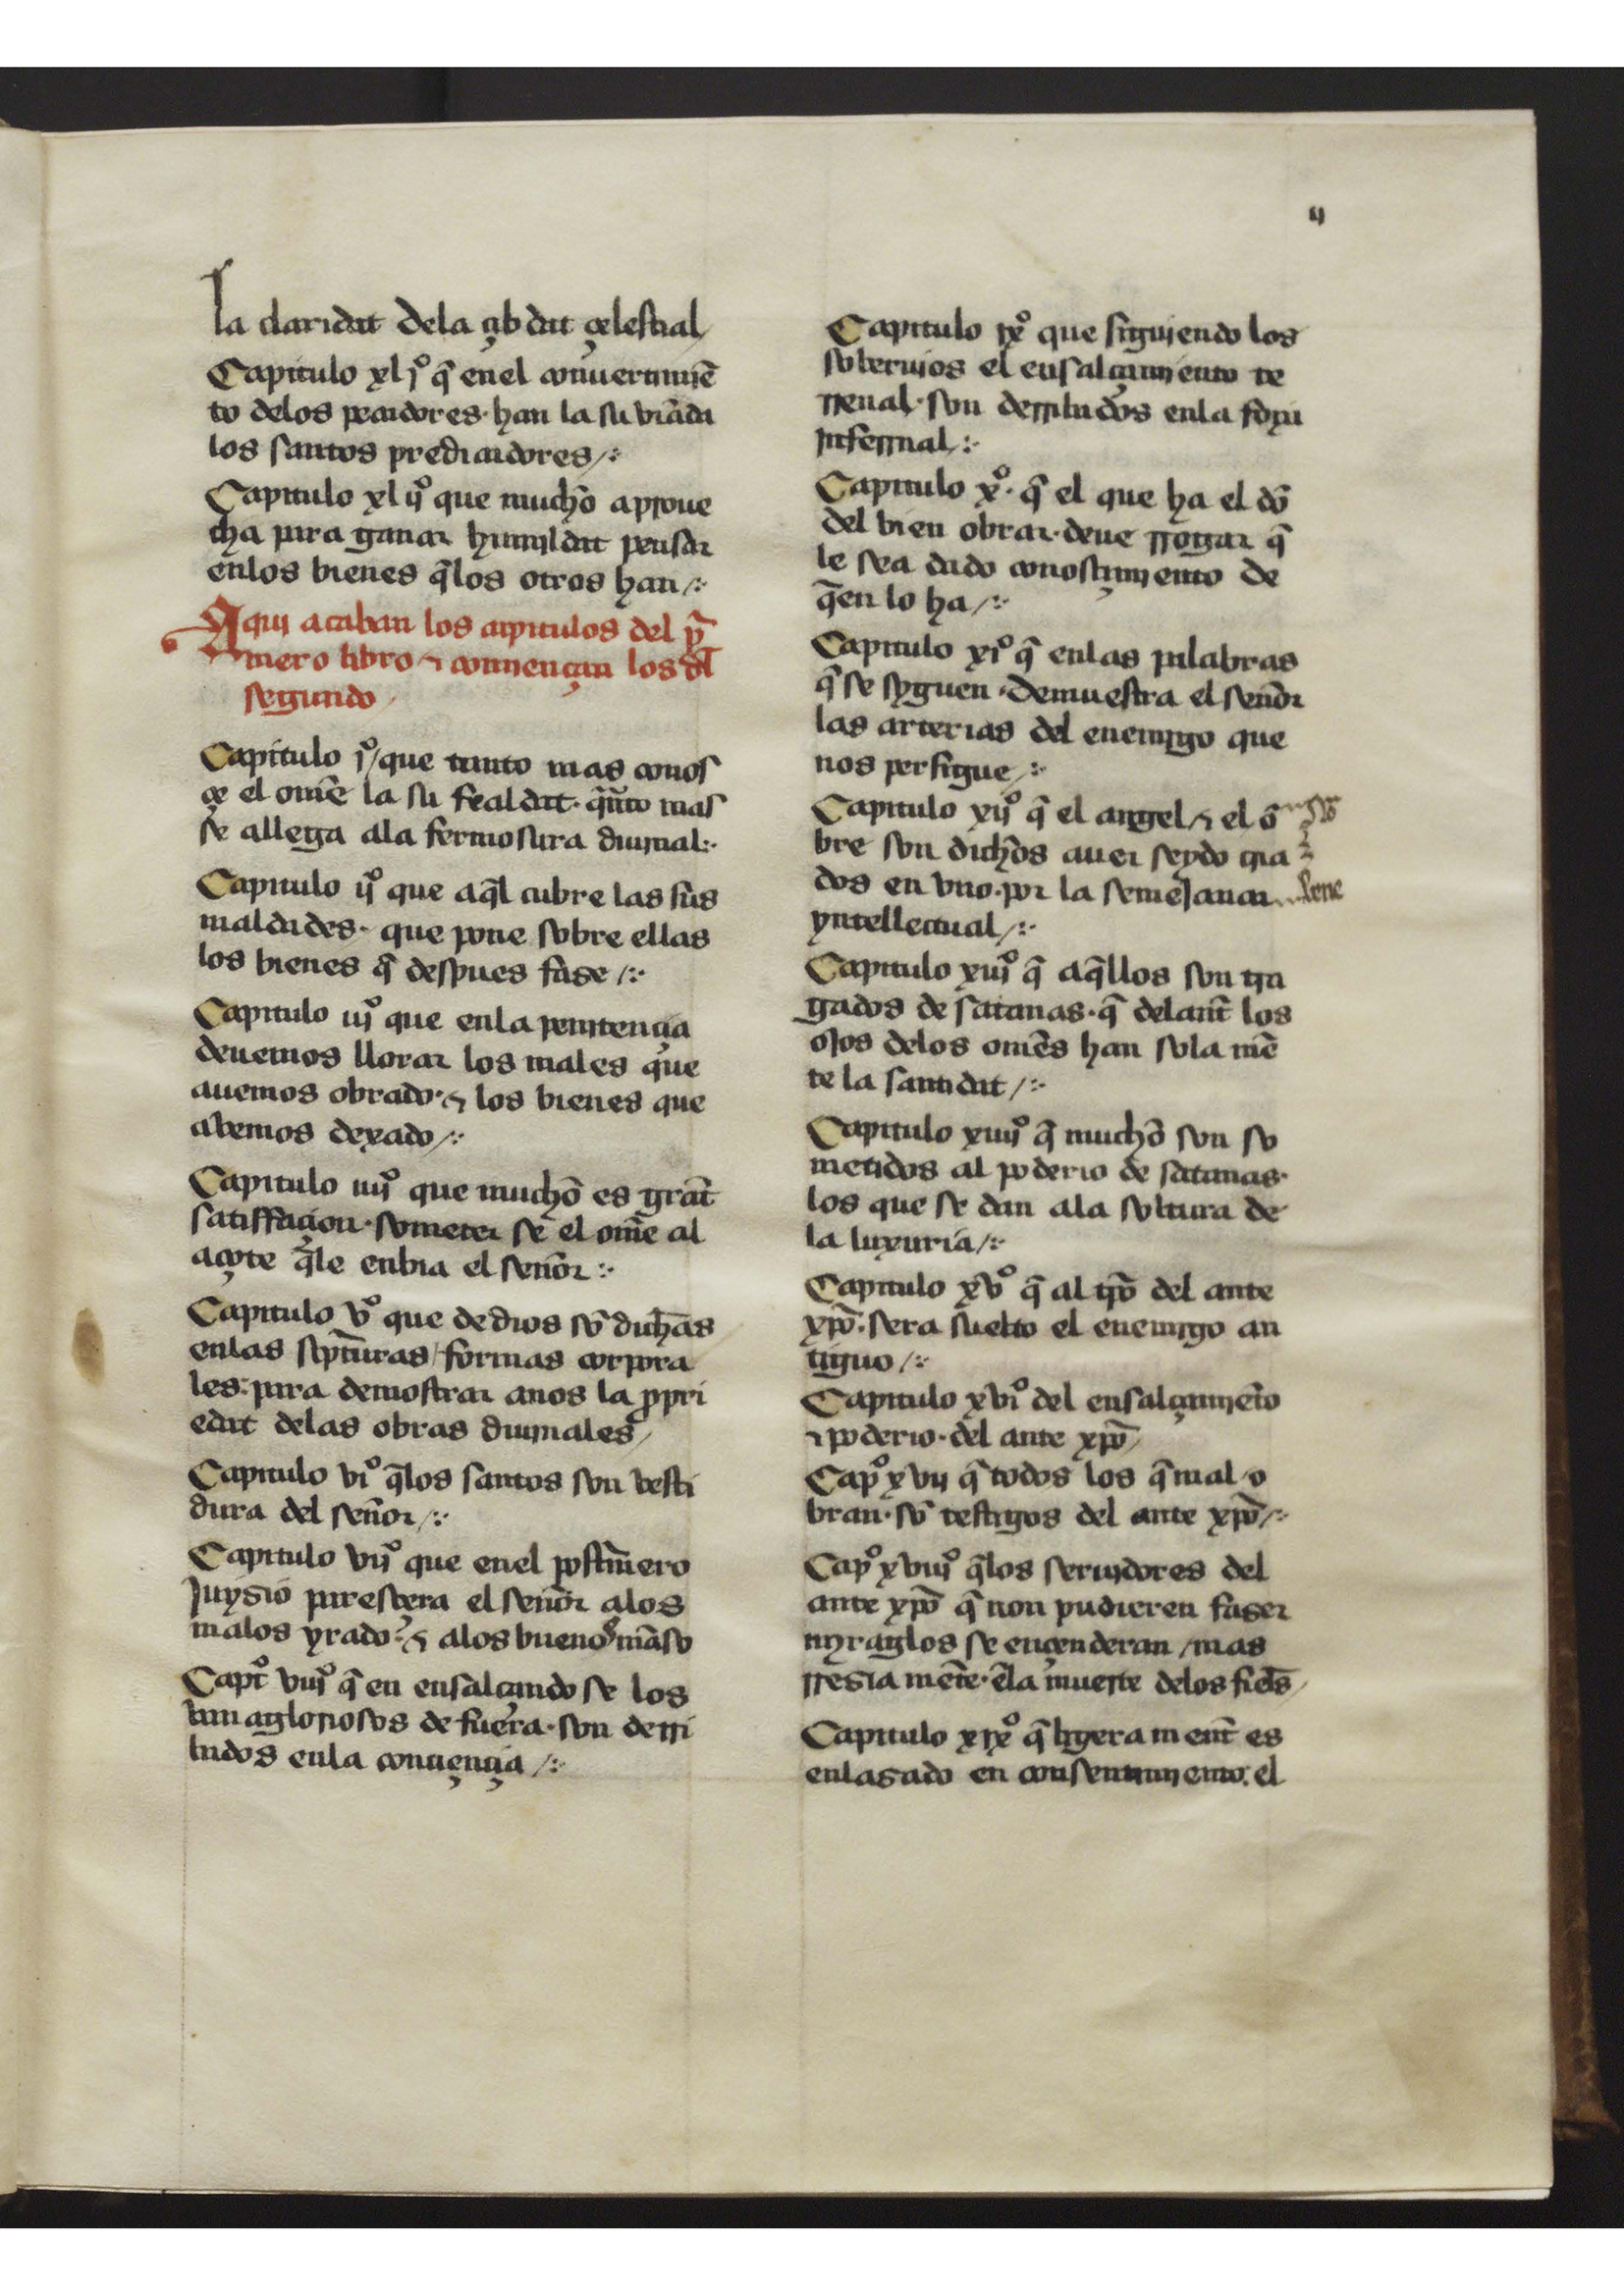
Shelfmark: San Lorenzo de El Escorial, RBME, b-II-11
Century: 15